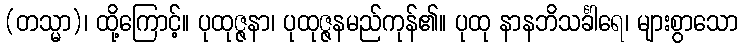
(တသ္မာ)၊ ထို့ကြောင့်။ ပုထုဇ္ဇနာ၊ ပုထုဇ္ဇနမည်ကုန်၏။ ပုထု နာနဘိသင်္ခါရေ၊ များစွာသော